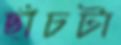
ছাঁচটা